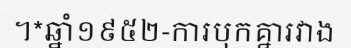
។*ឆ្នាំ១៩៥២-ការបុកគ្នារវាង